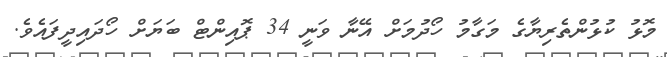
މޮޅު ކުޅުންތެރިޔާގެ މަގާމު ހޯދުމަށް އޭނާ ވަނީ 34 ޕޮއިންޓް ބަޔަށް ހޯދައިދީފައެވެ.